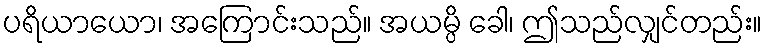
ပရိယာယော၊ အကြောင်းသည်။ အယမ္ပိ ခေါ၊ ဤသည်လျှင်တည်း။